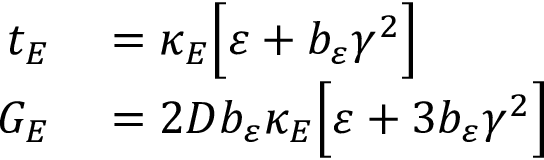
\begin{array} { r l } { t _ { E } } & { { } = \kappa _ { E } \Big [ \varepsilon + b _ { \varepsilon } \gamma ^ { 2 } \Big ] } \\ { G _ { E } } & { { } = 2 D b _ { \varepsilon } \kappa _ { E } \Big [ \varepsilon + 3 b _ { \varepsilon } \gamma ^ { 2 } \Big ] } \end{array}